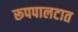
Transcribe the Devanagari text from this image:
रूपपालटात